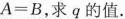
$$A = B$$，求q的值.